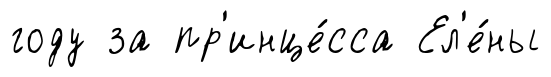
году за пр'инце́сса Ел'е́ны